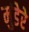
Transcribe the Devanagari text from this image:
मुंडेरे